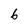
Character: 6